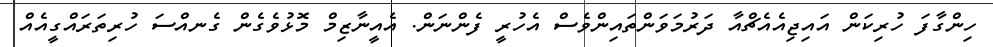
ހިންގާފަ ހުރިކަން އައިޖިއެއެޗްއާ ދަރުމަވަންތައިންވެސް އެހުރީ ފެންނަން. އެއީނާޒިމް މޮޅުވެގެން ގެނއްސަ ހުރިތަރައްގީއެއް